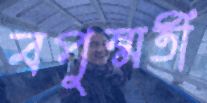
বপুষ্মতী